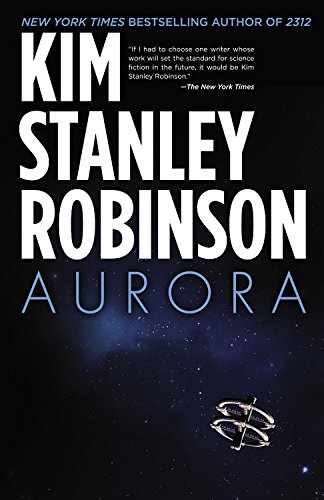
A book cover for Aurora; Kim Stanley Robinson; Science Fiction & Fantasy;